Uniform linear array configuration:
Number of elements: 4
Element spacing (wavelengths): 0.25
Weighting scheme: binomial
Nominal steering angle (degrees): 30
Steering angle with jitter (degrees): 31.771
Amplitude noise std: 0.05
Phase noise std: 0.05

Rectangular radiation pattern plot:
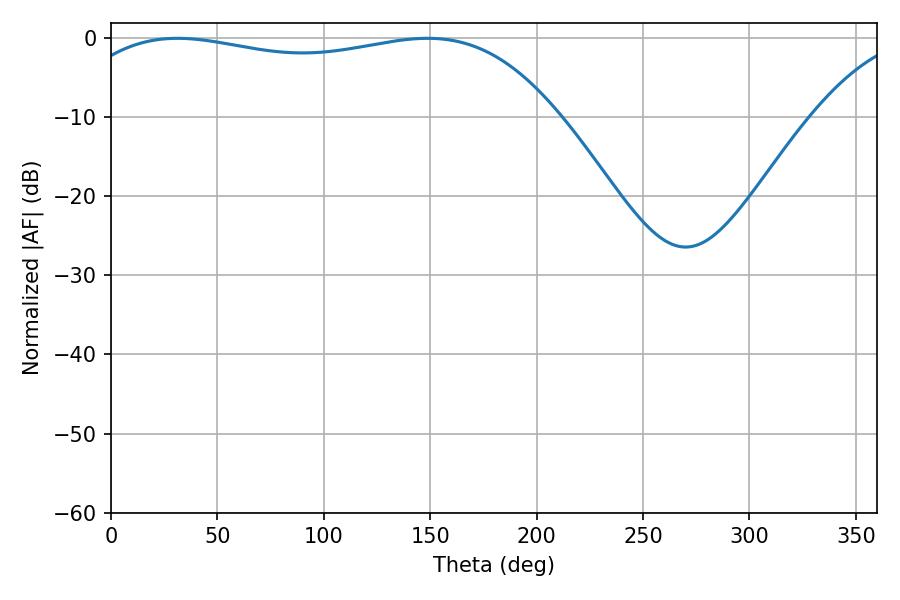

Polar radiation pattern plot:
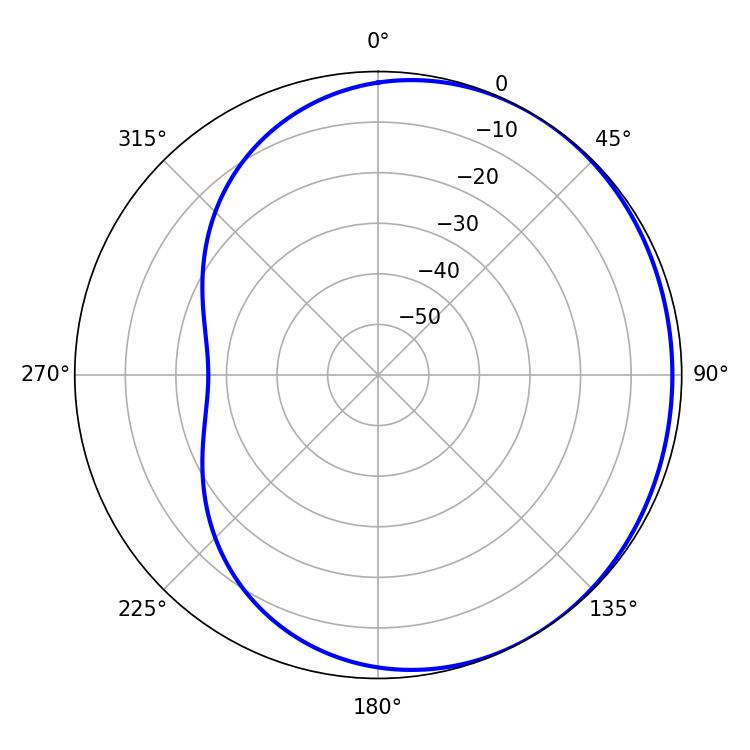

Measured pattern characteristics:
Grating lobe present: FALSE
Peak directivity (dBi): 1.189
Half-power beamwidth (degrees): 184.86
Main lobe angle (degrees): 31.32